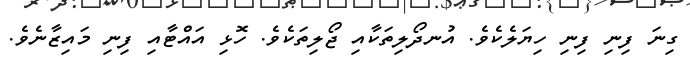
ގިނަ ފިނި ފިނި ހިޔަލެކެވެ. އުނދޯލިތަކާއި ޖޯލިތަކެވެ. ހޮޅި އައްޓާއި ފިނި މައިޒާނެވެ.